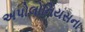
અપોલોનિયસના